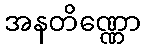
အနတိဏ္ဏော